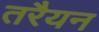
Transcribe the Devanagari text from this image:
तरैयन